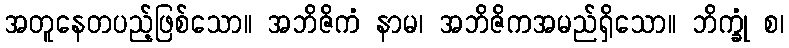
အတူနေတပည့်ဖြစ်သော။ အဘိဇိကံ နာမ၊ အဘိဇိကအမည်ရှိသော။ ဘိက္ခုံ စ၊